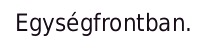
Egységfrontban.